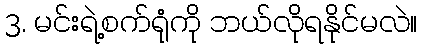
3. မင်းရဲ့စက်ရုံကို ဘယ်လိုရနိုင်မလဲ။